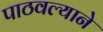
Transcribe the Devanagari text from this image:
पाठवल्याने